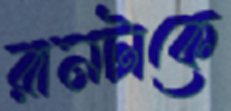
রানটাকে